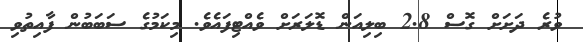
ވުރެ ދަށަށް ގޮސް 2.8 ބިލިއަން ޑޮލަރަށް ވެއްޓިފައެވެ. މިކަމުގެ ސަބަބުން ފާއިތުވި